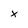
Character: x